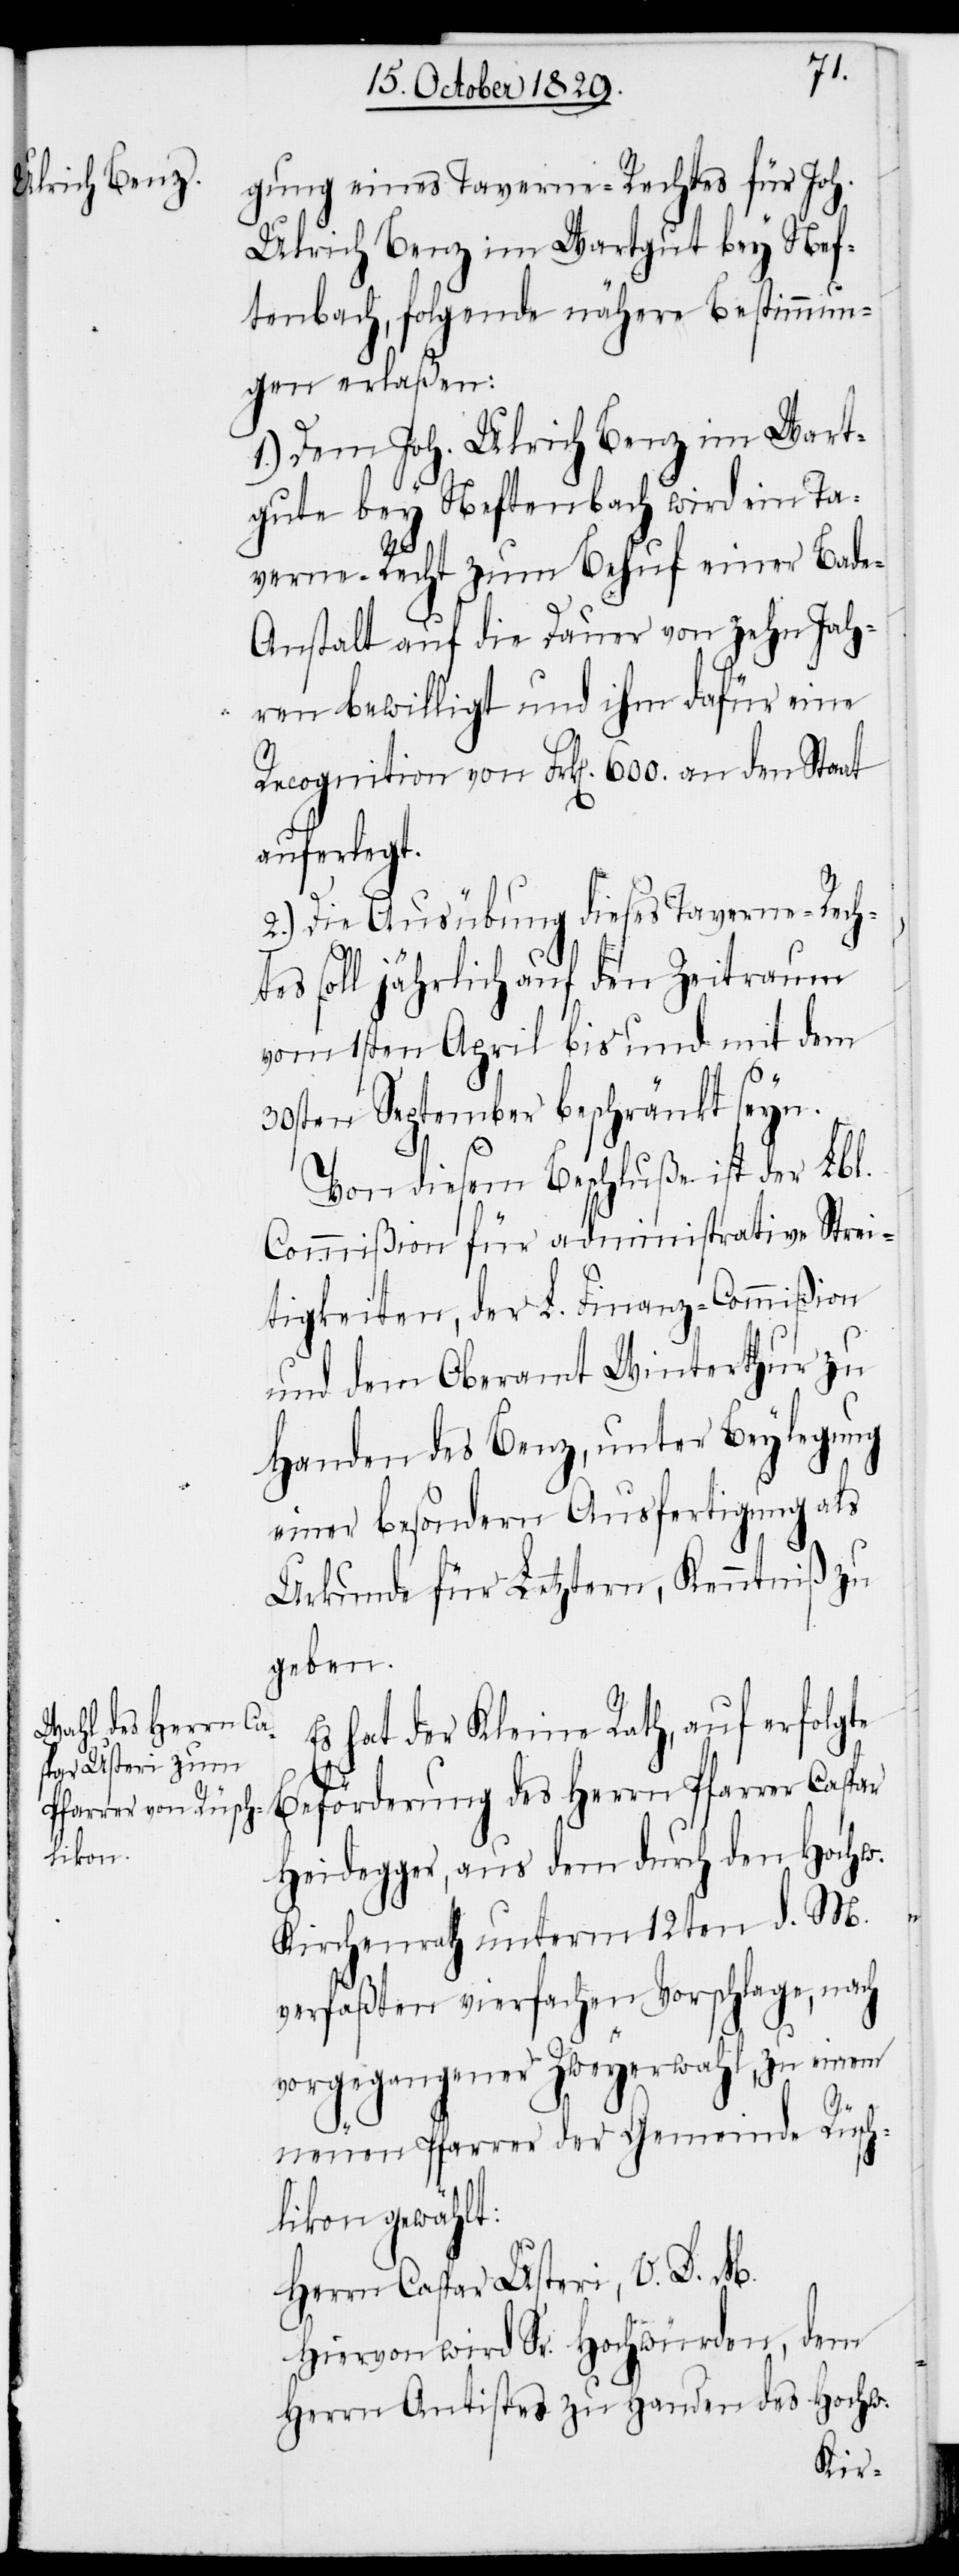
gung eines Taverne-Rechtes für Joh.
Ulrich Benz im Wartgut bey Nef¬
tenbach, folgende nähere Bestimmun¬
gen erlaßen:
1.) Dem Joh. Ulrich Benz im Wart¬
gute bey Neftenbach wir ein Ta¬
verne-Recht zum Behuf einer Bad¬
e-Anstalt auf die Dauer von zehn Jah¬
ren bewilligt und ihm dafür eine
Recognition von Frk[en]. 600. an den Staat
auferlegt.
2.) Die Ausübung dieses Taverne-Rech¬
tes soll jährlich auf den Zeitraum
vom 1sten April bis und mit dem
30sten September beschränkt seyn.
Von diesem Beschluße ist der Lbl.
Commißion für administrative Strei¬
tigkeiten der L. Finanz-Commißion
und dem Oberamt Winterthur zu
Handen des Benz, unter Beylegung
einer besondern Ausfertigung als
Urkunde für Letztern, Kenntniß zu
geben.
Es hat der Kleine Rath, auf erfolgte
Beförderung des Herrn Pfarrer Caspar
Heidegger, aus dem durch den Hochw.
Kirchenrath unterm 12ten d. M.
verfaßten vierfachen Vorschlage, nach
vorgegangener Zweyerwahl, zu einem
neuen Pfarrer der Gemeinde Rüsch¬
likon gewählt:
Herrn Caspar Usteri, V. D. M.
Hiervon wird Sr. Hochwürden, dem
Herrn Antistes zu Handen des Hochw.